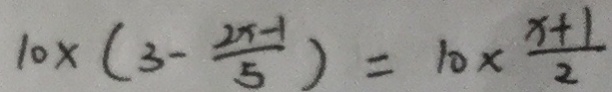
1 0 \times ( 3 - \frac { 2 x - 1 } { 5 } ) = 1 0 \times \frac { x + 1 } { 2 }